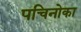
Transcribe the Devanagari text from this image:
पचिनोका